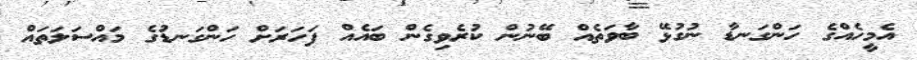
އެމީހެއްގެ ހަންގަނޑާ ނުގުޅޭ ބާވަތެއް ބޭނުން ކުރެވިގެން ބައެއް ފަހަރަށް ހަންގަނޑުގެ މައްސަލަތައް